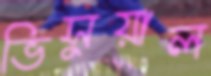
ভিসুয়াল